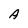
Character: A